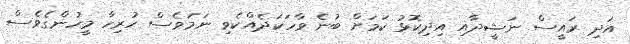
އަދި ރައީސް ނަޝީދާއި އިދިކޮޅު ކަމަށް ބުނެ ވާހަކަދެއްކެވި ނަމަވެސް ހުރިހާ މީހުންގެވެސް